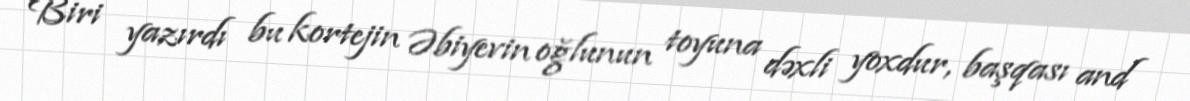
Biri yazırdı bu kortejin Əbiyevin oğlunun toyuna dəxli yoxdur, başqası and